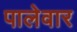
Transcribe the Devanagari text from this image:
पालेवार